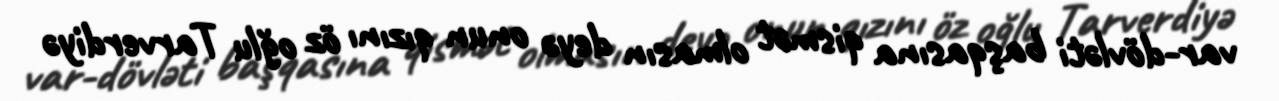
var-dövləti başqasına qismət olmasın deyə onun qızını öz oğlu Tarverdiyə